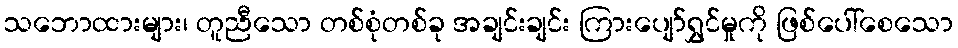
သဘောထားများ၊ တူညီသော တစ်စုံတစ်ခု အချင်းချင်း ကြားပျော်ရွှင်မှုကို ဖြစ်ပေါ်စေသော